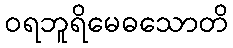
ဝရဘူရိမေဓသောတိ